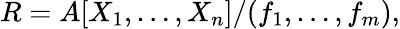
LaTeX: R=A[X_{1},\ldots,X_{n}]/(f_{1},\ldots,f_{m}),